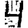
Digit: 4